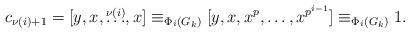
LaTeX: \begin{align*} c_{\nu(i)+1} = [y,x,\overset{\nu(i)}{\ldots},x] \equiv_{\Phi_i(G_k)} [y,x,x^p,\ldots,x^{p^{i-1}}] \equiv_{\Phi_i(G_k)} 1. \end{align*}